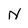
Character: N